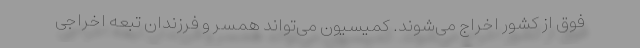
فوق از کشور اخراج می‌شوند. کمیسیون می‌تواند همسر و فرزندان تبعه اخراجی